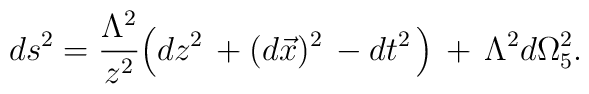
ds^2=\frac {\Lambda^2 }{ z^2}\Big( dz^2 \,+(d\vec x)^2\,- dt^2 \,\Big)\,+\,\Lambda^2 d\Omega^2_5.